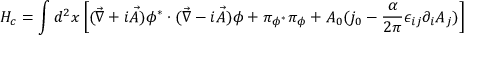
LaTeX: H _ { c } = \int d ^ { 2 } x \left[ ( { \vec { \nabla } } + i { \vec { A } } ) \phi ^ { * } \cdot ( { \vec { \nabla } } - i { \vec { A } } ) \phi + \pi _ { \phi ^ { * } } \pi _ { \phi } + A _ { 0 } ( j _ { 0 } - \frac { \alpha } { 2 \pi } \epsilon _ { i j } \partial _ { i } A _ { j } ) \right]